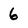
Character: 6